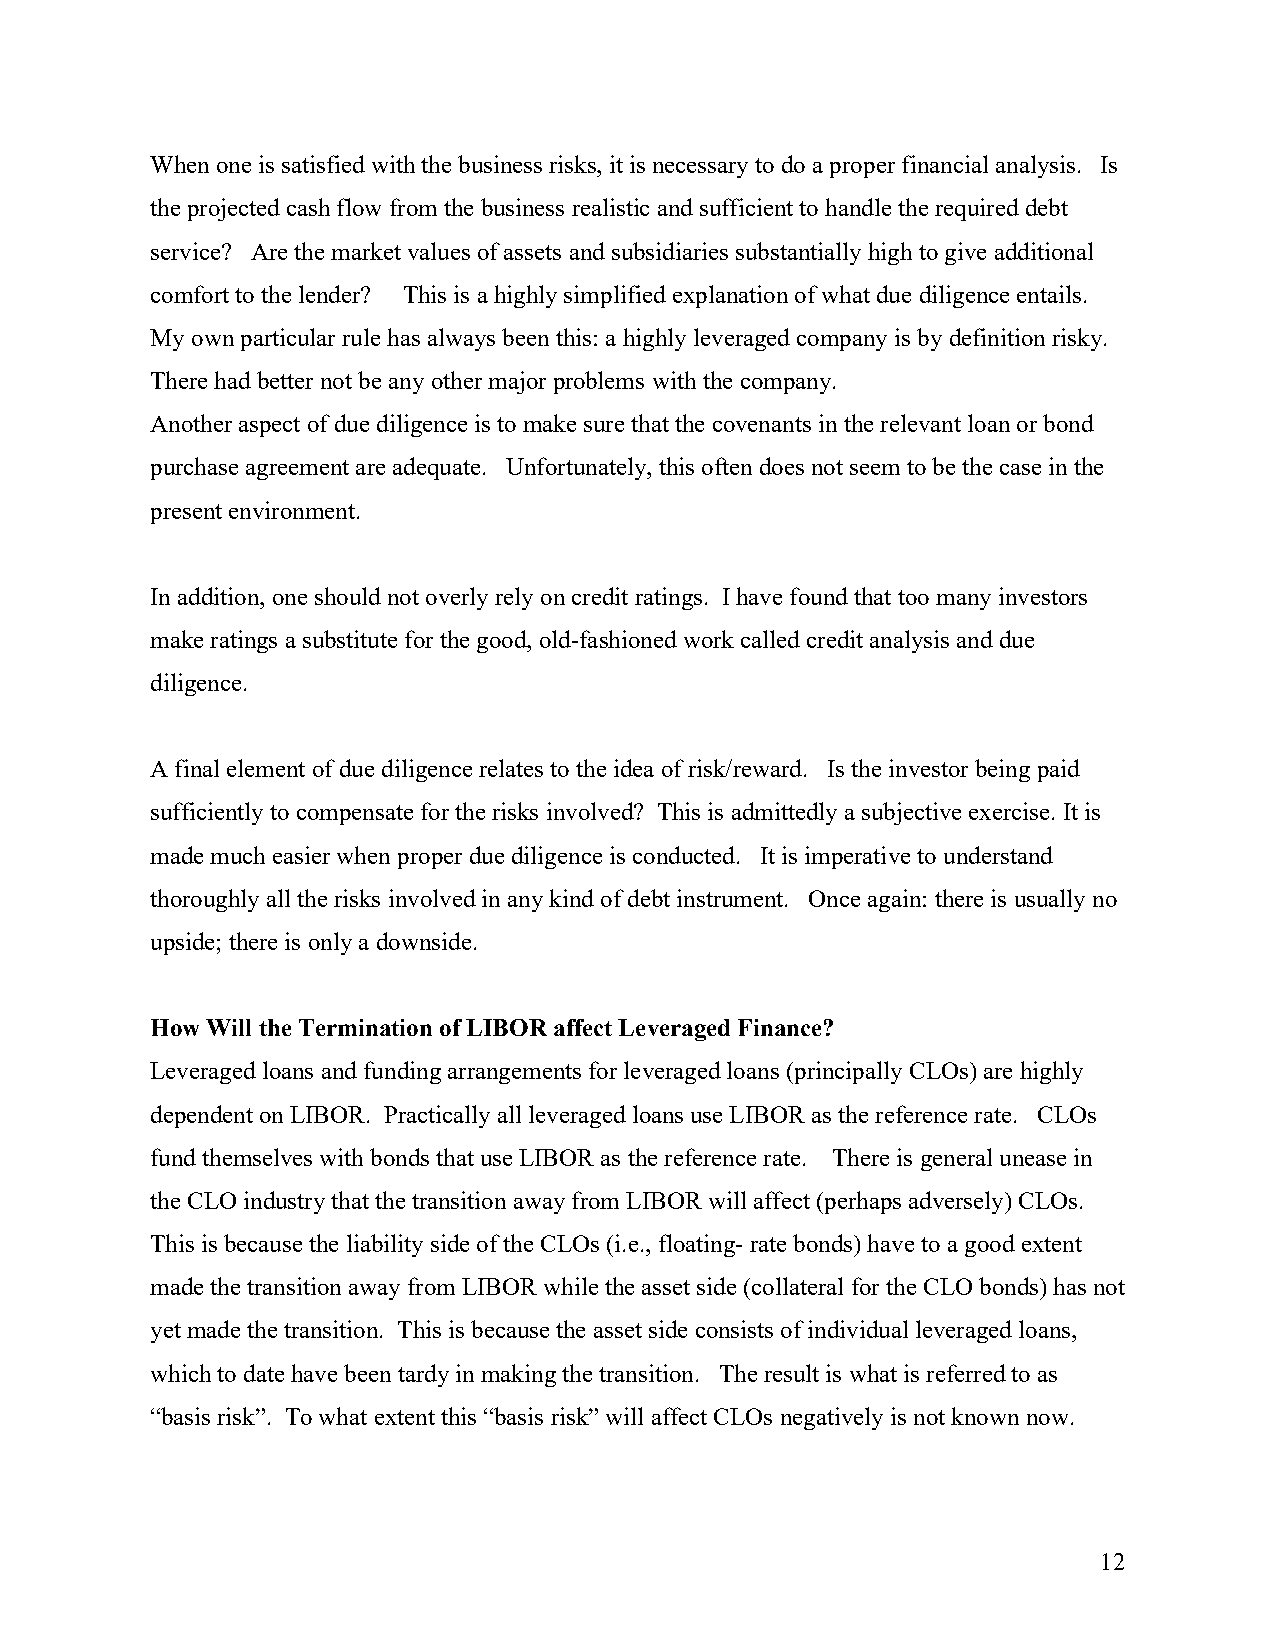
When one is satisfied with the business risks, it is necessary to do a proper financial analysis. Is
 the projected cash flow from the business realistic and sufficient to handle the required debt
 service? Are the market values of assets and subsidiaries substantially high to give additional
 comfort to the lender? This is a highly simplified explanation of what due diligence entails.
 My own particular rule has always been this: a highly leveraged company is by definition risky.
 There had better not be any other major problems with the company.
 Another aspect of due diligence is to make sure that the covenants in the relevant loan or bond
 purchase agreement are adequate. Unfortunately, this often does not seem to be the case in the
 present environment.
 In addition, one should not overly rely on credit ratings. I have found that too many investors
 make ratings a substitute for the good, old-fashioned work called credit analysis and due
 diligence.
 A final element of due diligence relates to the idea of risk/reward. Is the investor being paid
 sufficiently to compensate for the risks involved? This is admittedly a subjective exercise. It is
 made much easier when proper due diligence is conducted. It is imperative to understand
 thoroughly all the risks involved in any kind of debt instrument. Once again: there is usually no
 upside; there is only a downside.
 How Will the Termination of LIBOR affect Leveraged Finance?
 Leveraged loans and funding arrangements for leveraged loans (principally CLOs) are highly
 dependent on LIBOR. Practically all leveraged loans use LIBOR as the reference rate. CLOs
 fund themselves with bonds that use LIBOR as the reference rate. There is general unease in
 the CLO industry that the transition away from LIBOR will affect (perhaps adversely) CLOs.
 This is because the liability side of the CLOs (i.e., floating- rate bonds) have to a good extent
 made the transition away from LIBOR while the asset side (collateral for the CLO bonds) has not
 yet made the transition. This is because the asset side consists of individual leveraged loans,
 which to date have been tardy in making the transition. The result is what is referred to as
 “basis risk”. To what extent this “basis risk” will affect CLOs negatively is not known now.
 12